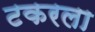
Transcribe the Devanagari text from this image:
टकरला